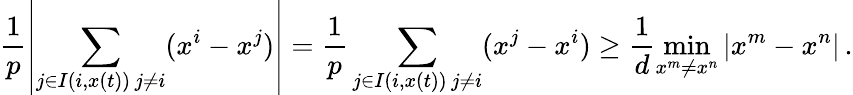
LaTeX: \frac{1}{p}\left|\sum_{\substack{j\in I(i,x(t))\, j\neq i}}(x^{i}-x^{j})\right|=\frac{1}{p}\sum_{\substack{j\in I(i,x(t))\, j\neq i}}(x^{j}-x^{i})\geq\frac{1}{d}\operatorname*{min}_{x^{m}\neq x^{n}}|x^{m}-x^{n}|\, .